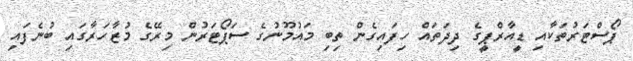
ޕޯސްޓަރުތަކާއި ޑީއާރްޕީގެ ދިދަތައް ހިފައިގެން ތިބި މައުމޫނުގެ ސަޕޯޓަރުން މިރޭގެ މުޒާހަރާގައި ބުނެފައި